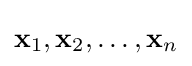
\mathbf {x} _{1},\mathbf {x} _{2},\ldots ,\mathbf {x} _{n}